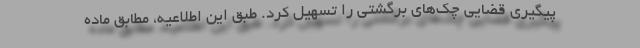
پیگیری قضایی چک‌های برگشتی را تسهیل کرد. طبق این اطلاعیه، مطابق ماده